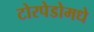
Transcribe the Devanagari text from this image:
टोरपेडोमधे